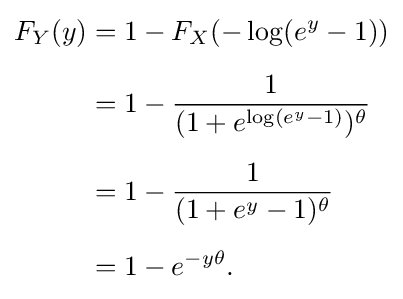
{\begin{aligned}F_{Y}(y)&=1-F_{X}(-\log(e^{y}-1))\\[5pt]&=1-{\frac {1}{(1+e^{\log(e^{y}-1)})^{\theta }}}\\[5pt]&=1-{\frac {1}{(1+e^{y}-1)^{\theta }}}\\[5pt]&=1-e^{-y\theta }.\end{aligned}}